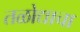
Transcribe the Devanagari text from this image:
तळोद्याचा